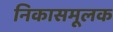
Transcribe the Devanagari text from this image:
निकासमूलक